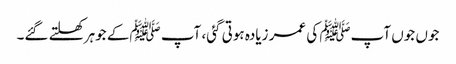
جوں جوں آپﷺ کی عمر زیادہ ہوتی گئی، آپ ﷺکے جوہر کھلتے گئے۔